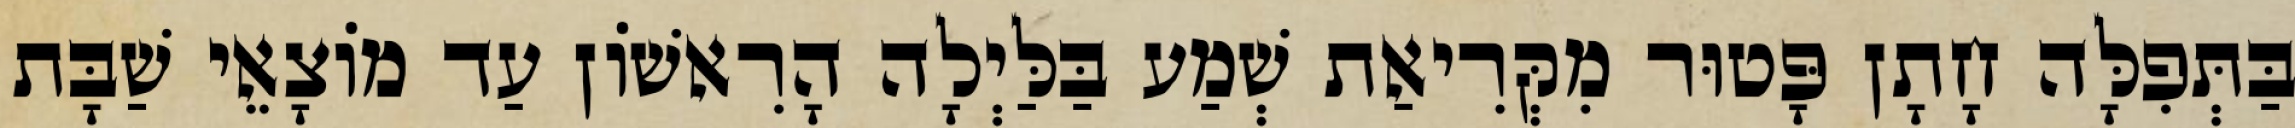
בַּתְּפִלָּה חָתָן פָּטוּר מִקְּרִיאַת שְׁמַע בַּלַּיְלָה הָרִאשׁוֹן עַד מוֹצָאֵי שַׁבָּת